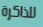
للذاكرة